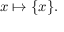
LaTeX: x \mapsto \{ x \} .